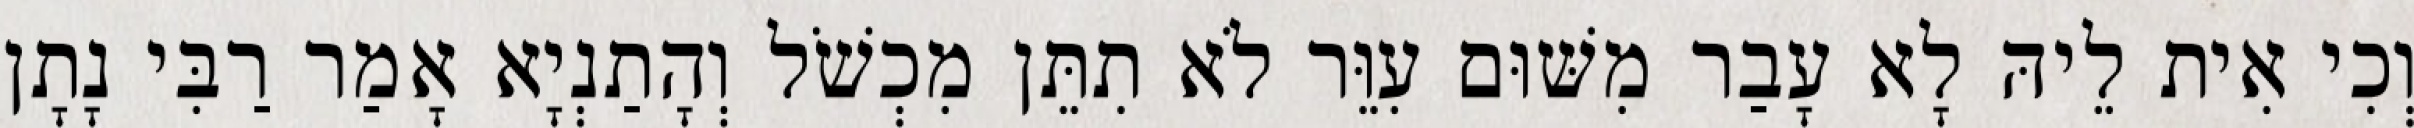
וְכִי אִית לֵיהּ לָא עָבַר מִשּׁוּם עִוֵּר לֹא תִתֵּן מִכְשֹׁל וְהָתַנְיָא אָמַר רַבִּי נָתָן